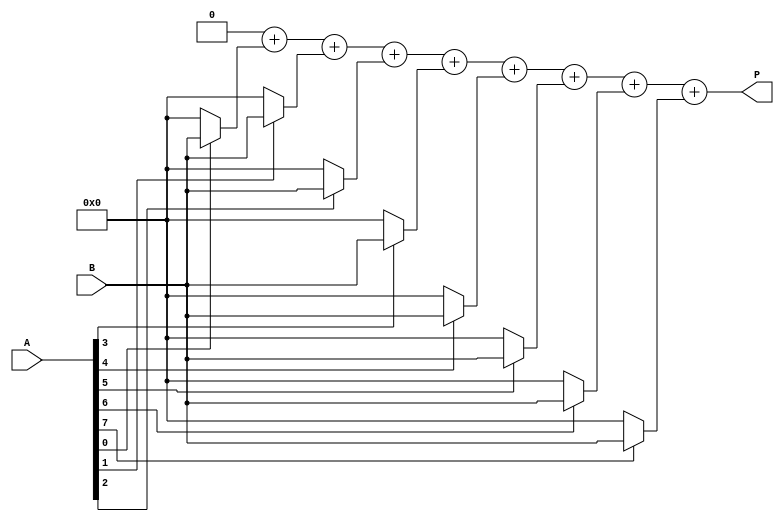
module VedicMultiplier #(parameter N = 8) (
    input  wire [N-1:0] A,  // First operand
    input  wire [N-1:0] B,  // Second operand
    output wire [2*N-1:0] P // Product
);

// Partial product wires
wire [N-1:0] pp [0:N-1]; // 2D array for partial products

// Generate partial products
genvar i, j;
generate
    for (i = 0; i < N; i = i + 1) begin: partial_product
        assign pp[i] = A[i] ? B : 0; // Shift B by i if A[i] is 1
    end
endgenerate

// Sum the partial products using a tree structure
wire [2*N-1:0] sum1 [0:N-1]; // Intermediate sums
wire [2*N-1:0] carry [0:N-1]; // Carry bits

// Initialize the first level of summation
assign sum1[0] = {N{1'b0}} + pp[0]; // Start with the first partial product
assign carry[0] = {1'b0};

// Perform the addition in a tree structure
generate
    for (i = 0; i < N; i = i + 1) begin: adder_tree
        if (i != 0) begin
            assign sum1[i] = sum1[i-1] + pp[i];
            assign carry[i] = {1'b0}; // No carry for simplicity in this example
        end
    end
endgenerate

// Final output is the last sum
assign P = sum1[N-1];

endmodule